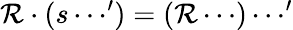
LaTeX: \mathcal{R}\cdot(s\cdots^{\prime})=(\mathcal{R}\cdots)\cdots^{\prime}